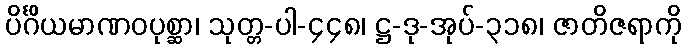
ပိင်္ဂိယမာဏဝပုစ္ဆာ၊ သုတ္တ-ပါ-၄၄၈၊ ဋ္ဌ-ဒု-အုပ်-၃၁၈၊ ဇာတိဇရာကို